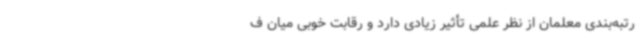
رتبه‌بندی معلمان از نظر علمی تأثیر زیادی دارد و رقابت خوبی میان ف